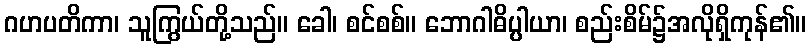
ဂဟပတိကာ၊ သူကြွယ်တို့သည်။ ခေါ၊ စင်စစ်။ ဘောဂါဓိပ္ပါယာ၊ စည်းစိမ်၌အလိုရှိကုန်၏။